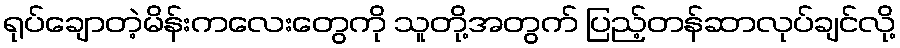
ရုပ်ချောတဲ့မိန်းကလေးတွေကို သူတို့အတွက် ပြည့်တန်ဆာလုပ်ချင်လို့